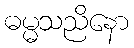
ဓမ္မသညိနော